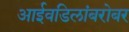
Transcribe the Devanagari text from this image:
आईवडिलांबरोबर